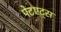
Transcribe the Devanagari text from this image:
पेटएट्स